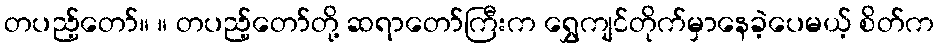
တပည့်တော်။ ။ တပည့်တော်တို့ ဆရာတော်ကြီးက ရွှေကျင်တိုက်မှာနေခဲ့ပေမယ့် စိတ်က